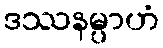
ဒဿနမ္ပာဟံ